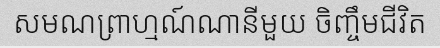
សមណព្រាហ្មណ៍ណានីមួយ ចិញ្ចឹមជីវិត